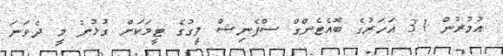
އުމުރުން 31 އަހަރުގެ ބޮއެޓެންގް ސްޕެނިޝް ލީގުގެ ޓީމަކަށް ގުޅުނު މީ ދެވަނަ